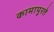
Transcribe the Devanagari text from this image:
कामापुरते